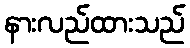
နားလည်ထားသည်